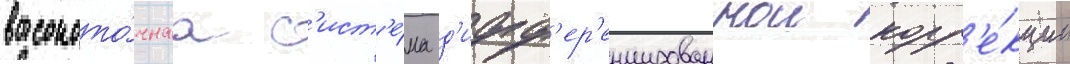
высокото́чнаа с'ист'е́ма д'ифф'ер'енцированнои корр'е́кции